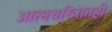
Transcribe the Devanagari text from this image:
आत्मचरित्रातही